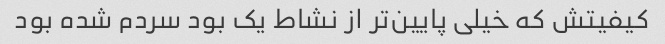
کیفیتش که خیلی پایین‌تر از نشاط یک بود سردم شده بود